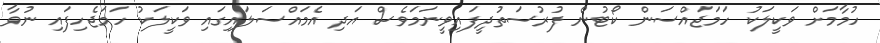
ހުމާމަށް ވަކީލަކު ހަމަޖައްސަން ކޯޓުން ފުރުސަތުދީފައިވީނަމަވެސް އަދި އެމައްސަލައިގައި ވަކީލަކު ހަމަޖެހިފައި ނުވާ